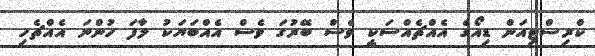
ކްރިސްޓިއަން ޑިއޯގެ އެއްޗެއްސަކީ ވެސް ބޭރުގަ ވެސް އެއްބަޔަކު ލާފަ ހުންނަ އެއްޗެހި